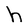
Character: h